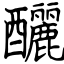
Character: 釃